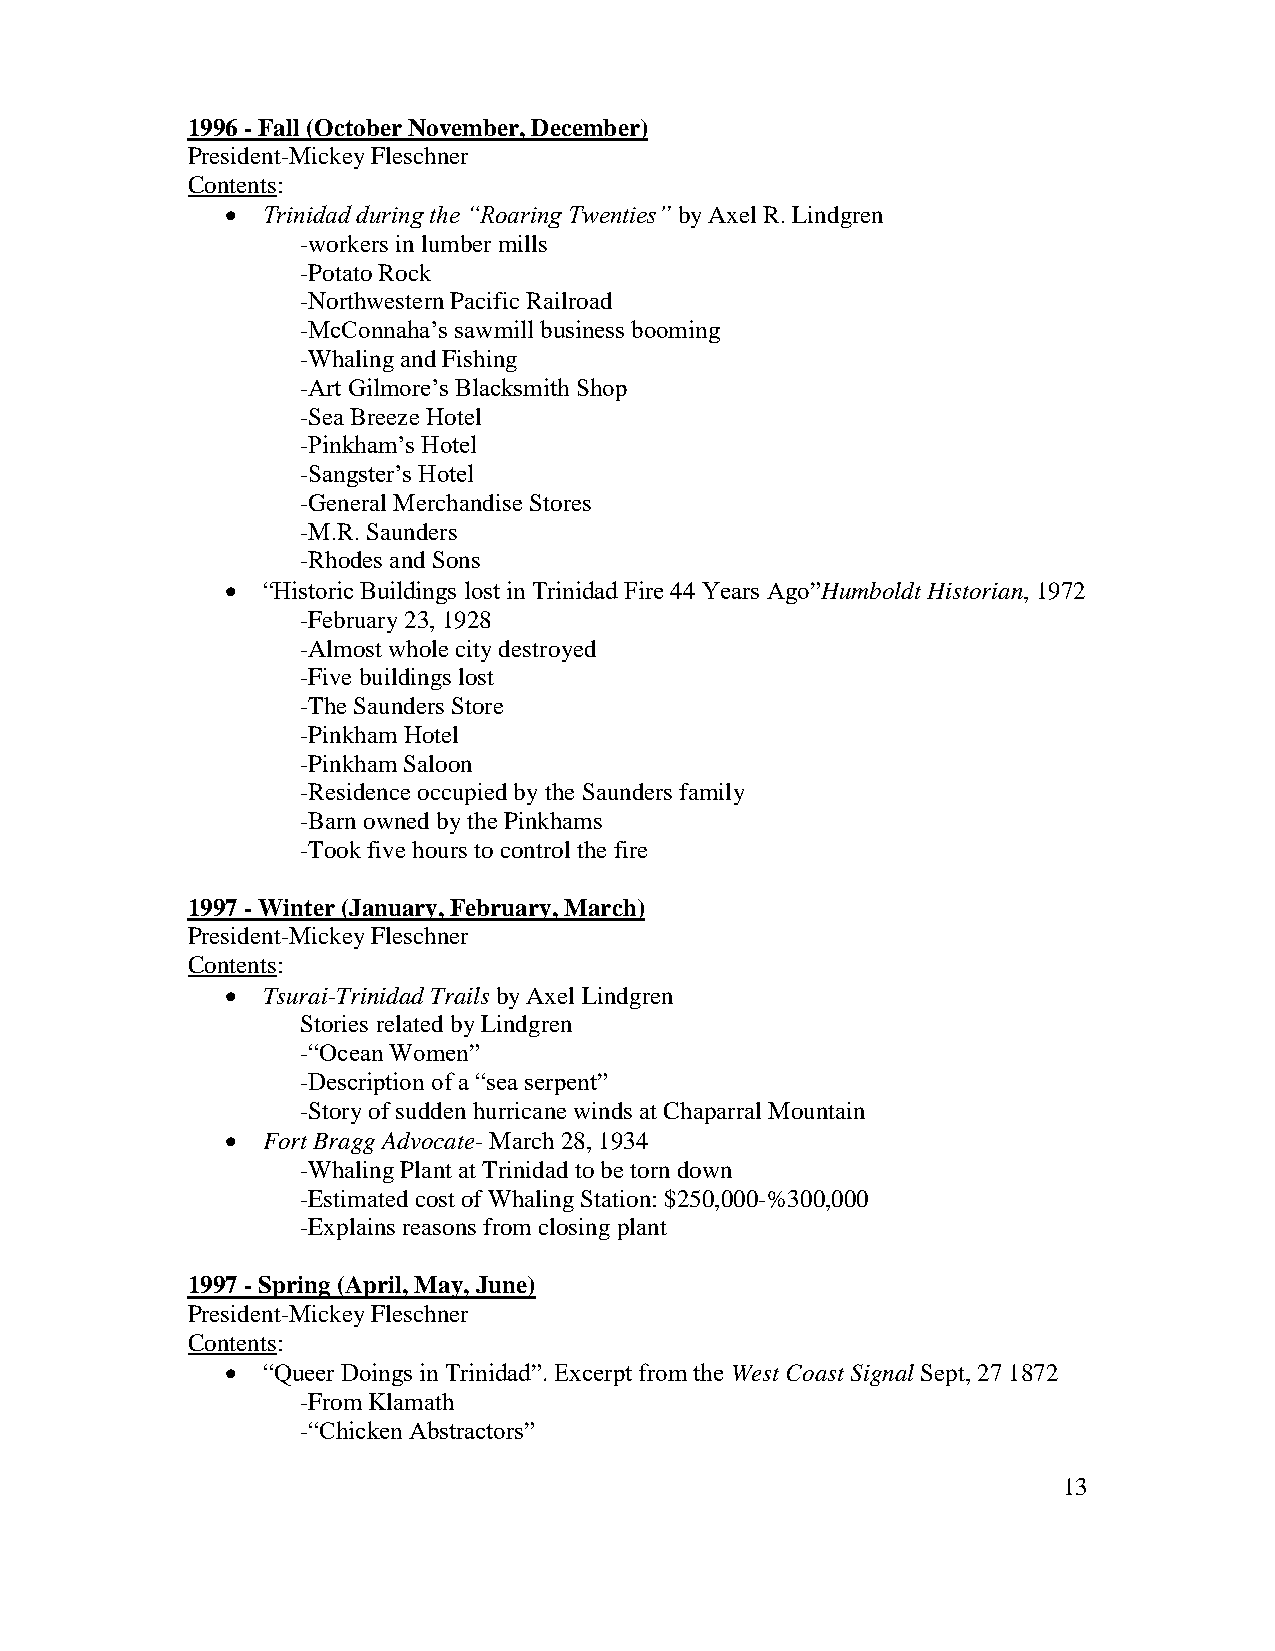
1996 - Fall (October November, December)
 President-Mickey Fleschner
 Contents:
  Trinidad during the “Roaring Twenties” by Axel R. Lindgren
 -workers in lumber mills
 -Potato Rock
 -Northwestern Pacific Railroad
 -McConnaha’s sawmill business booming
 -Whaling and Fishing
 -Art Gilmore’s Blacksmith Shop
 -Sea Breeze Hotel
 -Pinkham’s Hotel
 -Sangster’s Hotel
 -General Merchandise Stores
 -M.R. Saunders
 -Rhodes and Sons
  “Historic Buildings lost in Trinidad Fire 44 Years Ago”Humboldt Historian, 1972
 -February 23, 1928
 -Almost whole city destroyed
 -Five buildings lost
 -The Saunders Store
 -Pinkham Hotel
 -Pinkham Saloon
 -Residence occupied by the Saunders family
 -Barn owned by the Pinkhams
 -Took five hours to control the fire
 1997 - Winter (January, February, March)
 President-Mickey Fleschner
 Contents:
  Tsurai-Trinidad Trails by Axel Lindgren
 Stories related by Lindgren
 -“Ocean Women”
 -Description of a “sea serpent”
 -Story of sudden hurricane winds at Chaparral Mountain
  Fort Bragg Advocate- March 28, 1934
 -Whaling Plant at Trinidad to be torn down
 -Estimated cost of Whaling Station: $250,000-%300,000
 -Explains reasons from closing plant
 1997 - Spring (April, May, June)
 President-Mickey Fleschner
 Contents:
  “Queer Doings in Trinidad”. Excerpt from the West Coast Signal Sept, 27 1872
 -From Klamath
 -“Chicken Abstractors”
 13